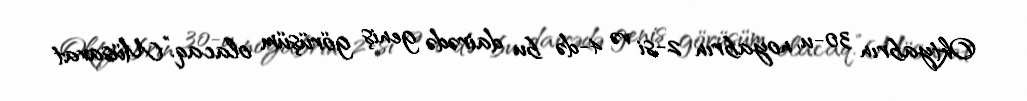
Oktyabrın 30-u, noyabrın 2-si və 4-də bu dairədə geniş görüşüm olacaq.”Müsavat